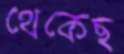
থেকেছ